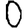
Digit: 0